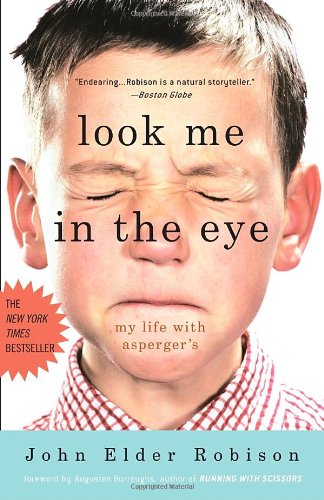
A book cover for Look Me in the Eye: My Life with Asperger's; John Elder Robison; Medical Books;